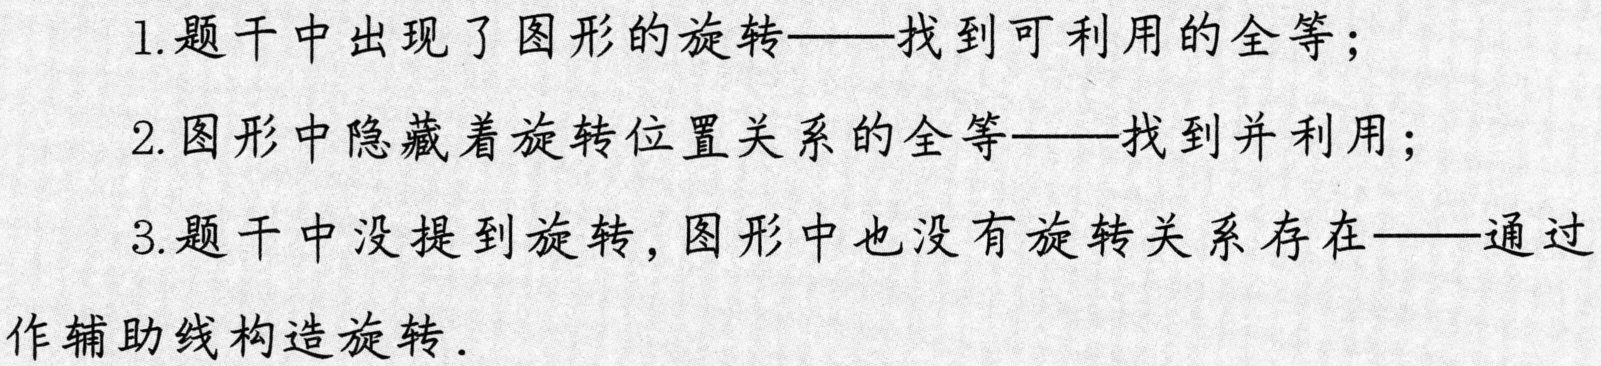
1. 题干中出现了图形的旋转——找到可利用的全等；
2. 图形中隐藏着旋转位置关系的全等——找到并利用；
3. 题干中没提到旋转，图形中也没有旋转关系存在——通过
作辅助线构造旋转.